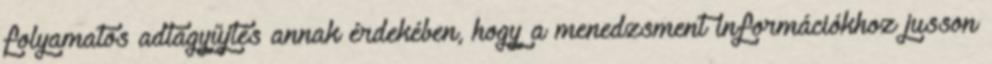
folyamatos adtagyűjtés annak érdekében, hogy a menedzsment információkhoz jusson